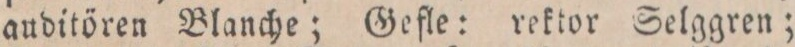
auditören Blanche; Gefle: rektor Selggren;